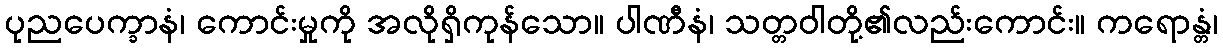
ပုညပေက္ခာနံ၊ ကောင်းမှုကို အလိုရှိကုန်သော။ ပါဏီနံ၊ သတ္တဝါတို့၏လည်းကောင်း။ ကရောန္တံ၊